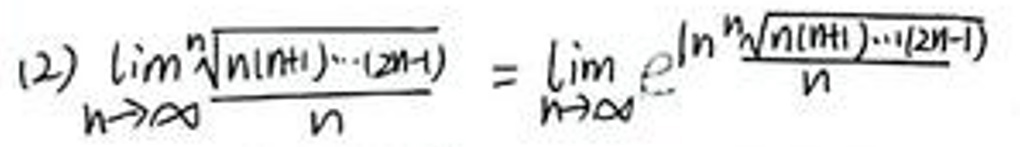
\begin{equation}
(2)\lim_{n \to \infty} \frac{\sqrt[n]{n!(n+1)\cdots(2n-1)}}{n} = \lim_{n \to \infty} e^{\frac{\ln{\sqrt[n]{n!(n+1)\cdots(2n-1)}}}{n}}
\end{equation}